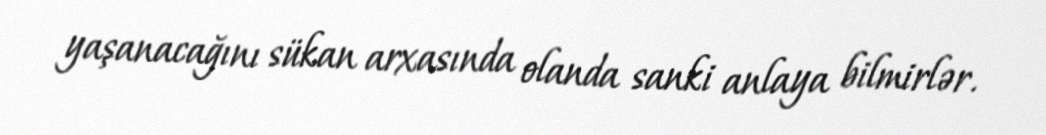
yaşanacağını sükan arxasında olanda sanki anlaya bilmirlər.